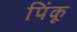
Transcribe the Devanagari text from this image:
पिंकू